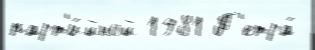
парт'и́йной 1981 П'етра́